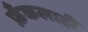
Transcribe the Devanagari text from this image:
फ्रँकलाही